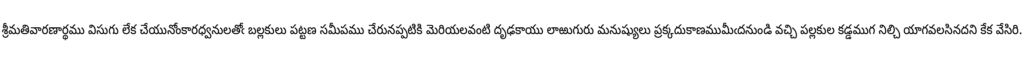
శ్రీమతివారణార్థము విసుగు లేక చేయునోంకారధ్వనులతోఁ బల్లకులు పట్టణ సమీపము చేరునప్పటికి మెరియలవంటి దృఢకాయు లాఱుగురు మనుష్యులు ప్రక్కదుకాణముమీఁదనుండి వచ్చి పల్లకుల కడ్డముగ నిల్చి యాగవలసినదని కేక వేసిరి.